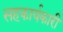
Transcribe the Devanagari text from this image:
सहकार्यकारी